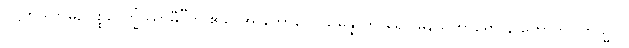
ဝုဋ္ဌဟိဿာမိ, ပစ္စဝေက္ခိဿာမီ”တိ ဧသ အာဘောဂေါ သမန္နာဟာရော မနသိကာရော န ဟောတိ။ ကသ္မာ?